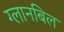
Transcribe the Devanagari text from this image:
ग्लानबिल